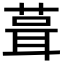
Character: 葺